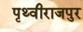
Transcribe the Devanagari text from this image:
पृथ्वीराजपुर